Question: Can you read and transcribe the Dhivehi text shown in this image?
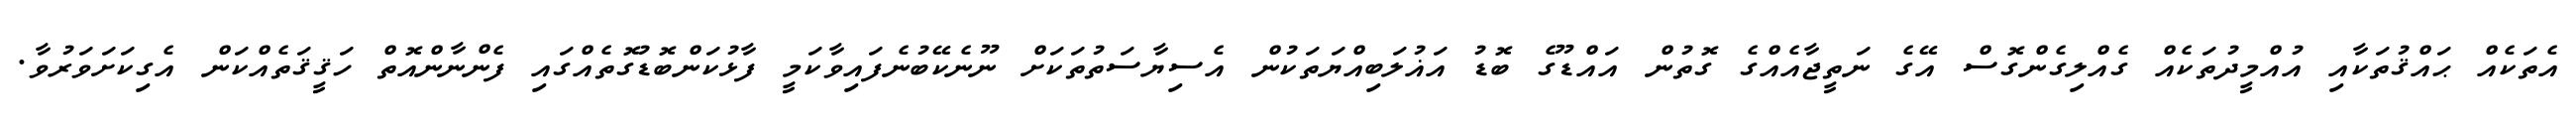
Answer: އެތަކެއް ޙައްޤުތަކާއި އުއްމީދުތަކެއް ގެއްލިގެންގޮސް އޭގެ ނަތީޖާއެއްގެ ގޮތުން އައްޑޫގެ ބޮޑު އަޣުލަބިއްޔަތަކުން އެސިޔާސަތުތަކަށް ނޫނެކޭބުނެފައިވާކަމީ ފާޅުކަންބޮޑުގޮތެއްގައި ފެންނާންއޮތް ހަޤީޤަތެއްކަން އެގިކަށަވަރުވާ.